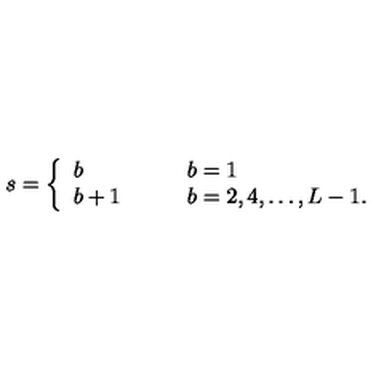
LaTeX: s = \left\{ \begin{array} { l l } { b } & { \qquad b = 1 } \\ { b + 1 } & { \qquad b = 2 , 4 , \ldots , L - 1 . } \\ \end{array} \right.